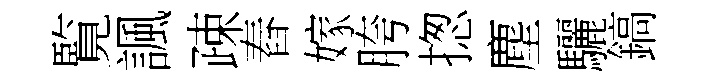
覧諷疎舂嫁胯揔塵驪鎬